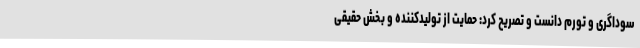
سوداگری و تورم دانست و تصریح کرد: حمایت از تولیدکننده و بخش حقیقی